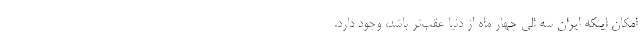
امکان اینکه ایران سه الی چهار ماه از دنیا عقب‌تر باشد، وجود دارد.